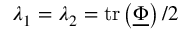
\lambda _ { 1 } = \lambda _ { 2 } = \mathrm { t r } \left( \underline { { \boldsymbol { \Phi } } } \right) / 2